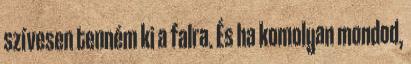
szívesen tenném ki a falra. És ha komolyan mondod,